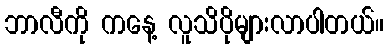
ဘာလီကို ကနေ့ လူသိပိုများလာပါတယ်။